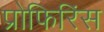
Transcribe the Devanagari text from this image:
प्रोफिरिंस